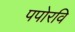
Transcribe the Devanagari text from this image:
पपोरवि